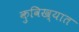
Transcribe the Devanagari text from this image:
कुविख्यात